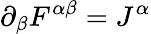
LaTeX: \partial_{\beta}F^{\alpha\beta}=J^{\alpha}